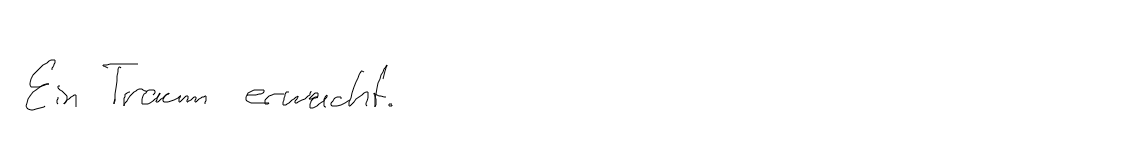
Ein Traum erwacht.